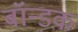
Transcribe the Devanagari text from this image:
बॉन्डक